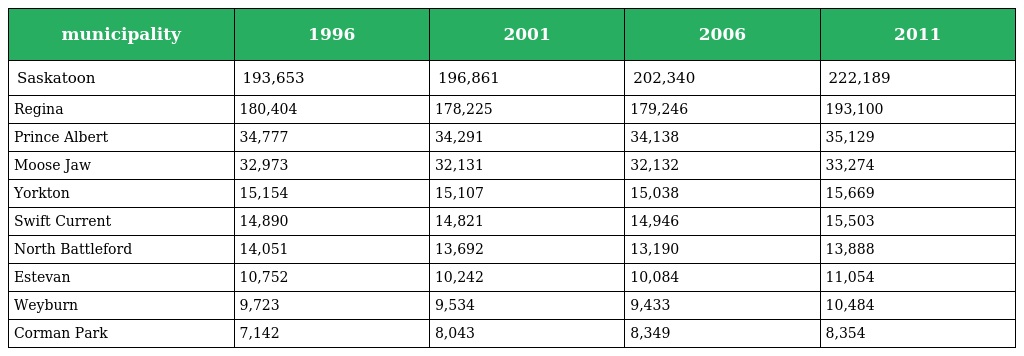
| municipality | 1996 | 2001 | 2006 | 2011 |
 | --- | --- | --- | --- | --- |
 | Saskatoon | 193,653 | 196,861 | 202,340 | 222,189 |
 | Regina | 180,404 | 178,225 | 179,246 | 193,100 |
 | Prince Albert | 34,777 | 34,291 | 34,138 | 35,129 |
 | Moose Jaw | 32,973 | 32,131 | 32,132 | 33,274 |
 | Yorkton | 15,154 | 15,107 | 15,038 | 15,669 |
 | Swift Current | 14,890 | 14,821 | 14,946 | 15,503 |
 | North Battleford | 14,051 | 13,692 | 13,190 | 13,888 |
 | Estevan | 10,752 | 10,242 | 10,084 | 11,054 |
 | Weyburn | 9,723 | 9,534 | 9,433 | 10,484 |
 | Corman Park | 7,142 | 8,043 | 8,349 | 8,354 |